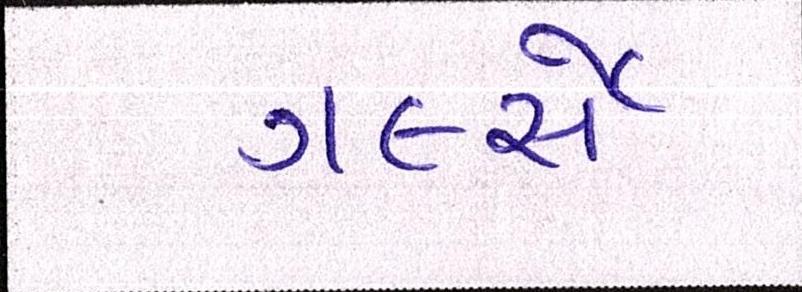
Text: ગર્લ્સે